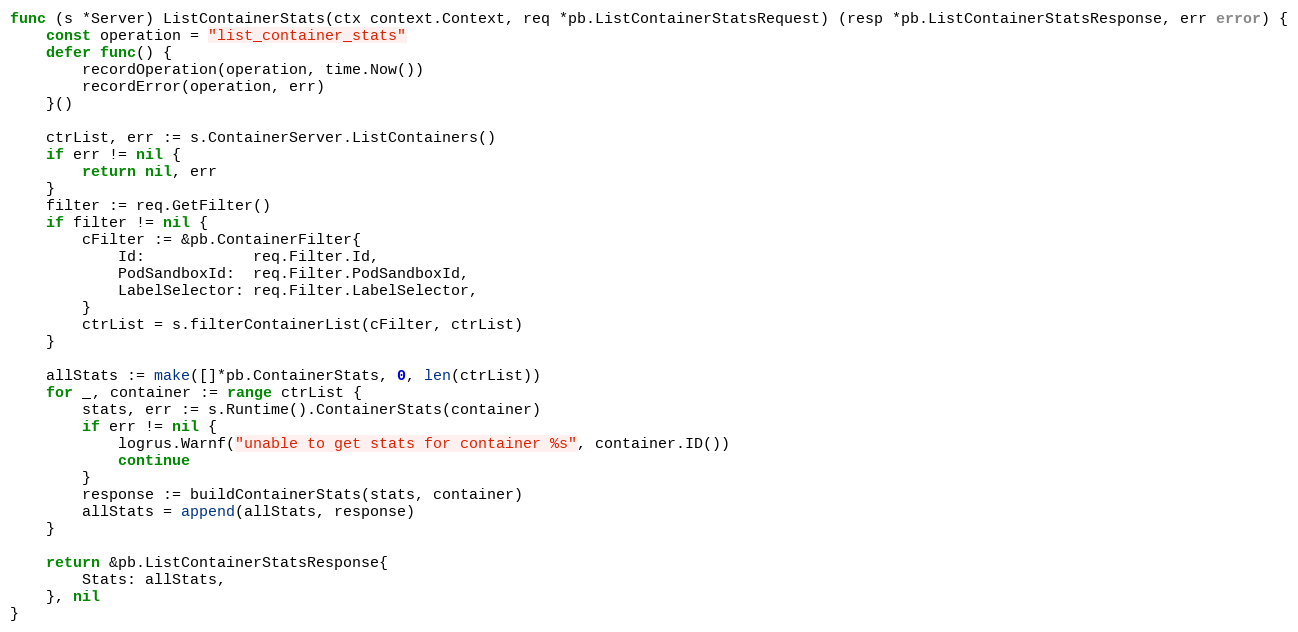
Language: Go
func (s *Server) ListContainerStats(ctx context.Context, req *pb.ListContainerStatsRequest) (resp *pb.ListContainerStatsResponse, err error) {
	const operation = "list_container_stats"
	defer func() {
		recordOperation(operation, time.Now())
		recordError(operation, err)
	}()

	ctrList, err := s.ContainerServer.ListContainers()
	if err != nil {
		return nil, err
	}
	filter := req.GetFilter()
	if filter != nil {
		cFilter := &pb.ContainerFilter{
			Id:            req.Filter.Id,
			PodSandboxId:  req.Filter.PodSandboxId,
			LabelSelector: req.Filter.LabelSelector,
		}
		ctrList = s.filterContainerList(cFilter, ctrList)
	}

	allStats := make([]*pb.ContainerStats, 0, len(ctrList))
	for _, container := range ctrList {
		stats, err := s.Runtime().ContainerStats(container)
		if err != nil {
			logrus.Warnf("unable to get stats for container %s", container.ID())
			continue
		}
		response := buildContainerStats(stats, container)
		allStats = append(allStats, response)
	}

	return &pb.ListContainerStatsResponse{
		Stats: allStats,
	}, nil
}